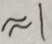
\approx 1